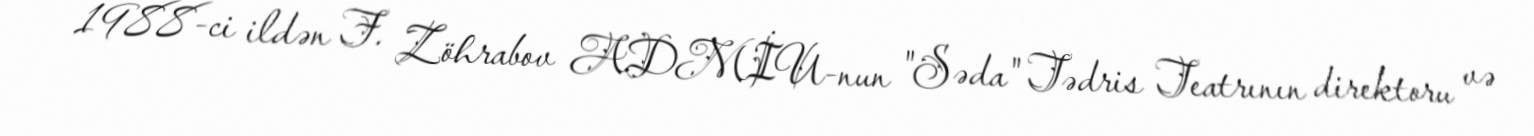
1988-ci ildən F. Zöhrabov ADMİU-nun "Səda" Tədris Teatrının direktoru və